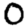
Digit: 0